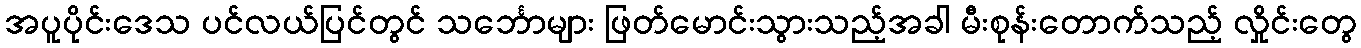
အပူပိုင်းဒေသ ပင်လယ်ပြင်တွင် သင်္ဘောများ ဖြတ်မောင်းသွားသည့်အခါ မီးစုန်းတောက်သည့် လှိုင်းတွေ